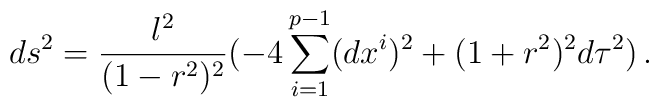
ds^2 = \frac{l^2}{(1 - r^2)^2}( -4 \sum_{i=1}^{p-1}(dx^i)^2 +(1 + r^2)^2 d\tau^2)\, .